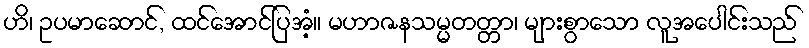
ဟိ၊ ဥပမာဆောင်, ထင်အောင်ပြအံ့။ မဟာဇနသမ္မတတ္တာ၊ များစွာသော လူအပေါင်းသည်